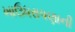
ખાઉધરાપણાની